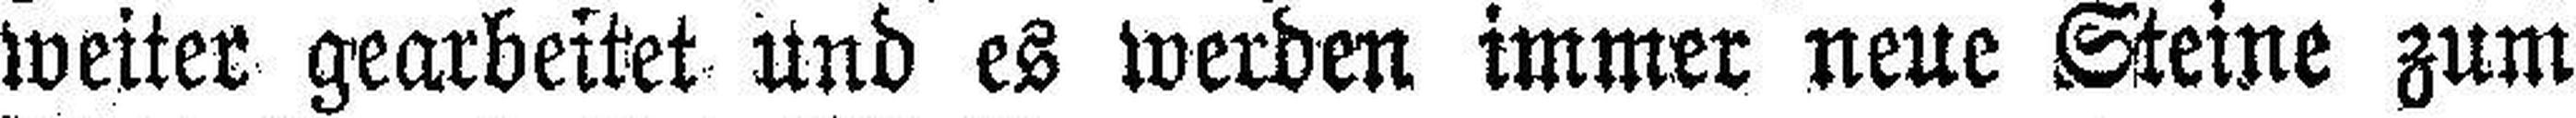
weiter gearbeitet und es werden immer neue Steine zum